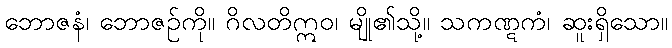
ဘောဇနံ၊ ဘောဇဉ်ကို။ ဂိလတိဣဝ၊ မျို၏သို့။ သကဏ္ဋကံ၊ ဆူးရှိသော။